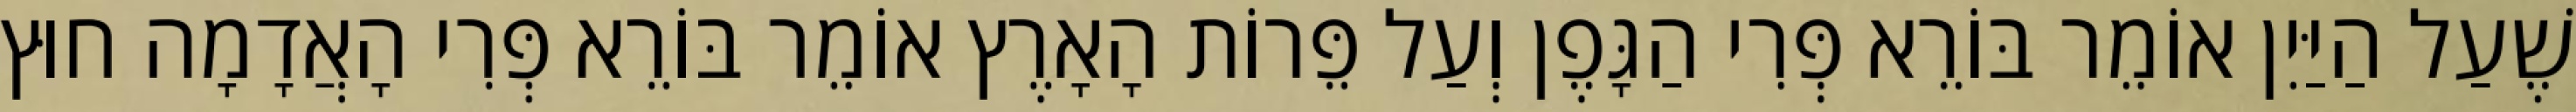
שֶׁעַל הַיַּיִן אוֹמֵר בּוֹרֵא פְּרִי הַגָּפֶן וְעַל פֵּרוֹת הָאָרֶץ אוֹמֵר בּוֹרֵא פְּרִי הָאֲדָמָה חוּץ